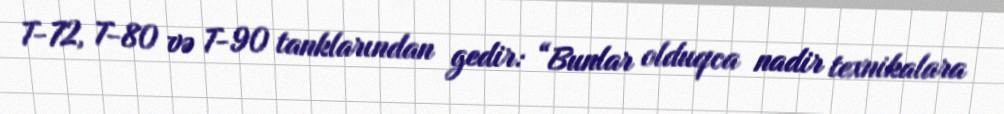
T-72, T-80 və T-90 tanklarından gedir: “Bunlar olduqca nadir texnikalara